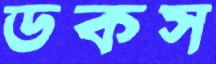
ডকস